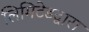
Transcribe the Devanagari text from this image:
लिमिटेडद्वारा